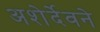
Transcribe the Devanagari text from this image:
अशेर्देवने